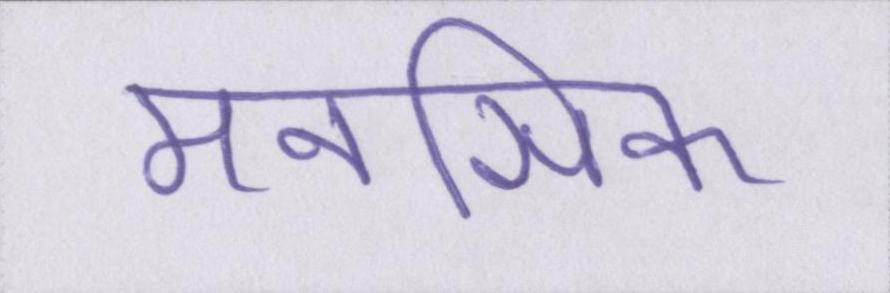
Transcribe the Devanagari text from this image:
मनसिक